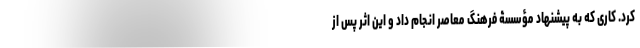
کرد. کاری که به پیشنهاد مؤسسۀ فرهنگ معاصر انجام داد و این اثر پس از